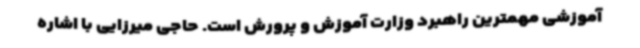
آموزشی مهمترین راهبرد وزارت آموزش و پرورش است. حاجی میرزایی با اشاره